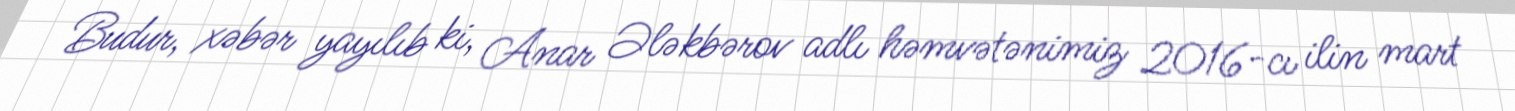
Budur, xəbər yayılıb ki, Anar Ələkbərov adlı həmvətənimiz 2016-cı ilin mart